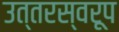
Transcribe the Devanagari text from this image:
उत्तरस्वरूप